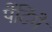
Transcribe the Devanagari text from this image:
पेंटिंगें